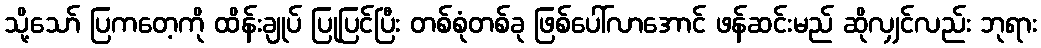
သို့သော် ပြကတေ့ကို ထိန်းချုပ် ပြုပြင်ပြီး တစ်စုံတစ်ခု ဖြစ်ပေါ်လာအောင် ဖန်ဆင်းမည် ဆိုလျှင်လည်း ဘုရား